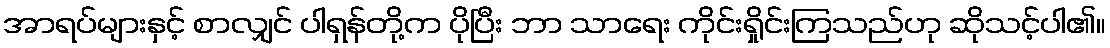
အာရပ်များနှင့် စာလျှင် ပါရှန်တို့က ပိုပြီး ဘာ သာရေး ကိုင်းရှိုင်းကြသည်ဟု ဆိုသင့်ပါ၏။